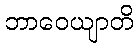
ဘာဝေယျာတိ